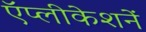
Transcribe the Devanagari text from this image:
ऍप्लीकेशनें